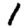
Digit: 1